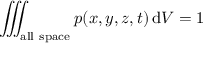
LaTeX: \iiint _ { \mathrm { a l l ~ s p a c e } } p ( x , y , z , t ) \, \mathrm { d } V = 1